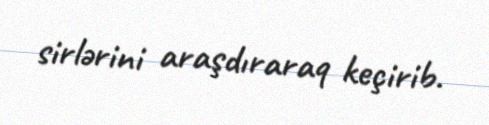
sirlərini araşdıraraq keçirib.